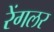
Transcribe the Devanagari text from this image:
रेंगलर